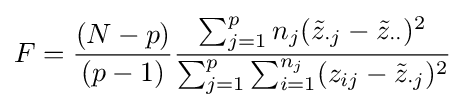
F={\frac {(N-p)}{(p-1)}}{\frac {\sum _{j=1}^{p}n_{j}({\tilde {z}}_{\cdot j}-{\tilde {z}}_{\cdot \cdot })^{2}}{\sum _{j=1}^{p}\sum _{i=1}^{n_{j}}(z_{ij}-{\tilde {z}}_{\cdot j})^{2}}}